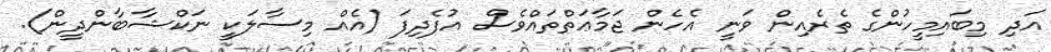
އަދި މިބައިމީހުންގެ ތެރެއިން ވަނީ އެހެން ޖަމާޢަތްތައްވެސް އުފެދިފަ (އެއް މިސާލަކީ ނަކްޝާބާންދީން).